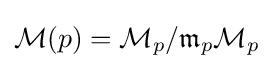
{\mathcal {M}}(p)={\mathcal {M}}_{p}/{\mathfrak {m}}_{p}{\mathcal {M}}_{p}